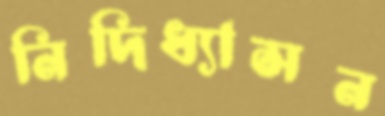
নিদিধ্যাসন